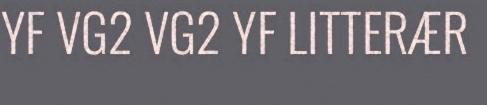
YF VG2 VG2 YF LITTERÆR